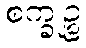
စက္ခုဉ္စ